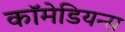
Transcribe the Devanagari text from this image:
कॉमेडियन्स